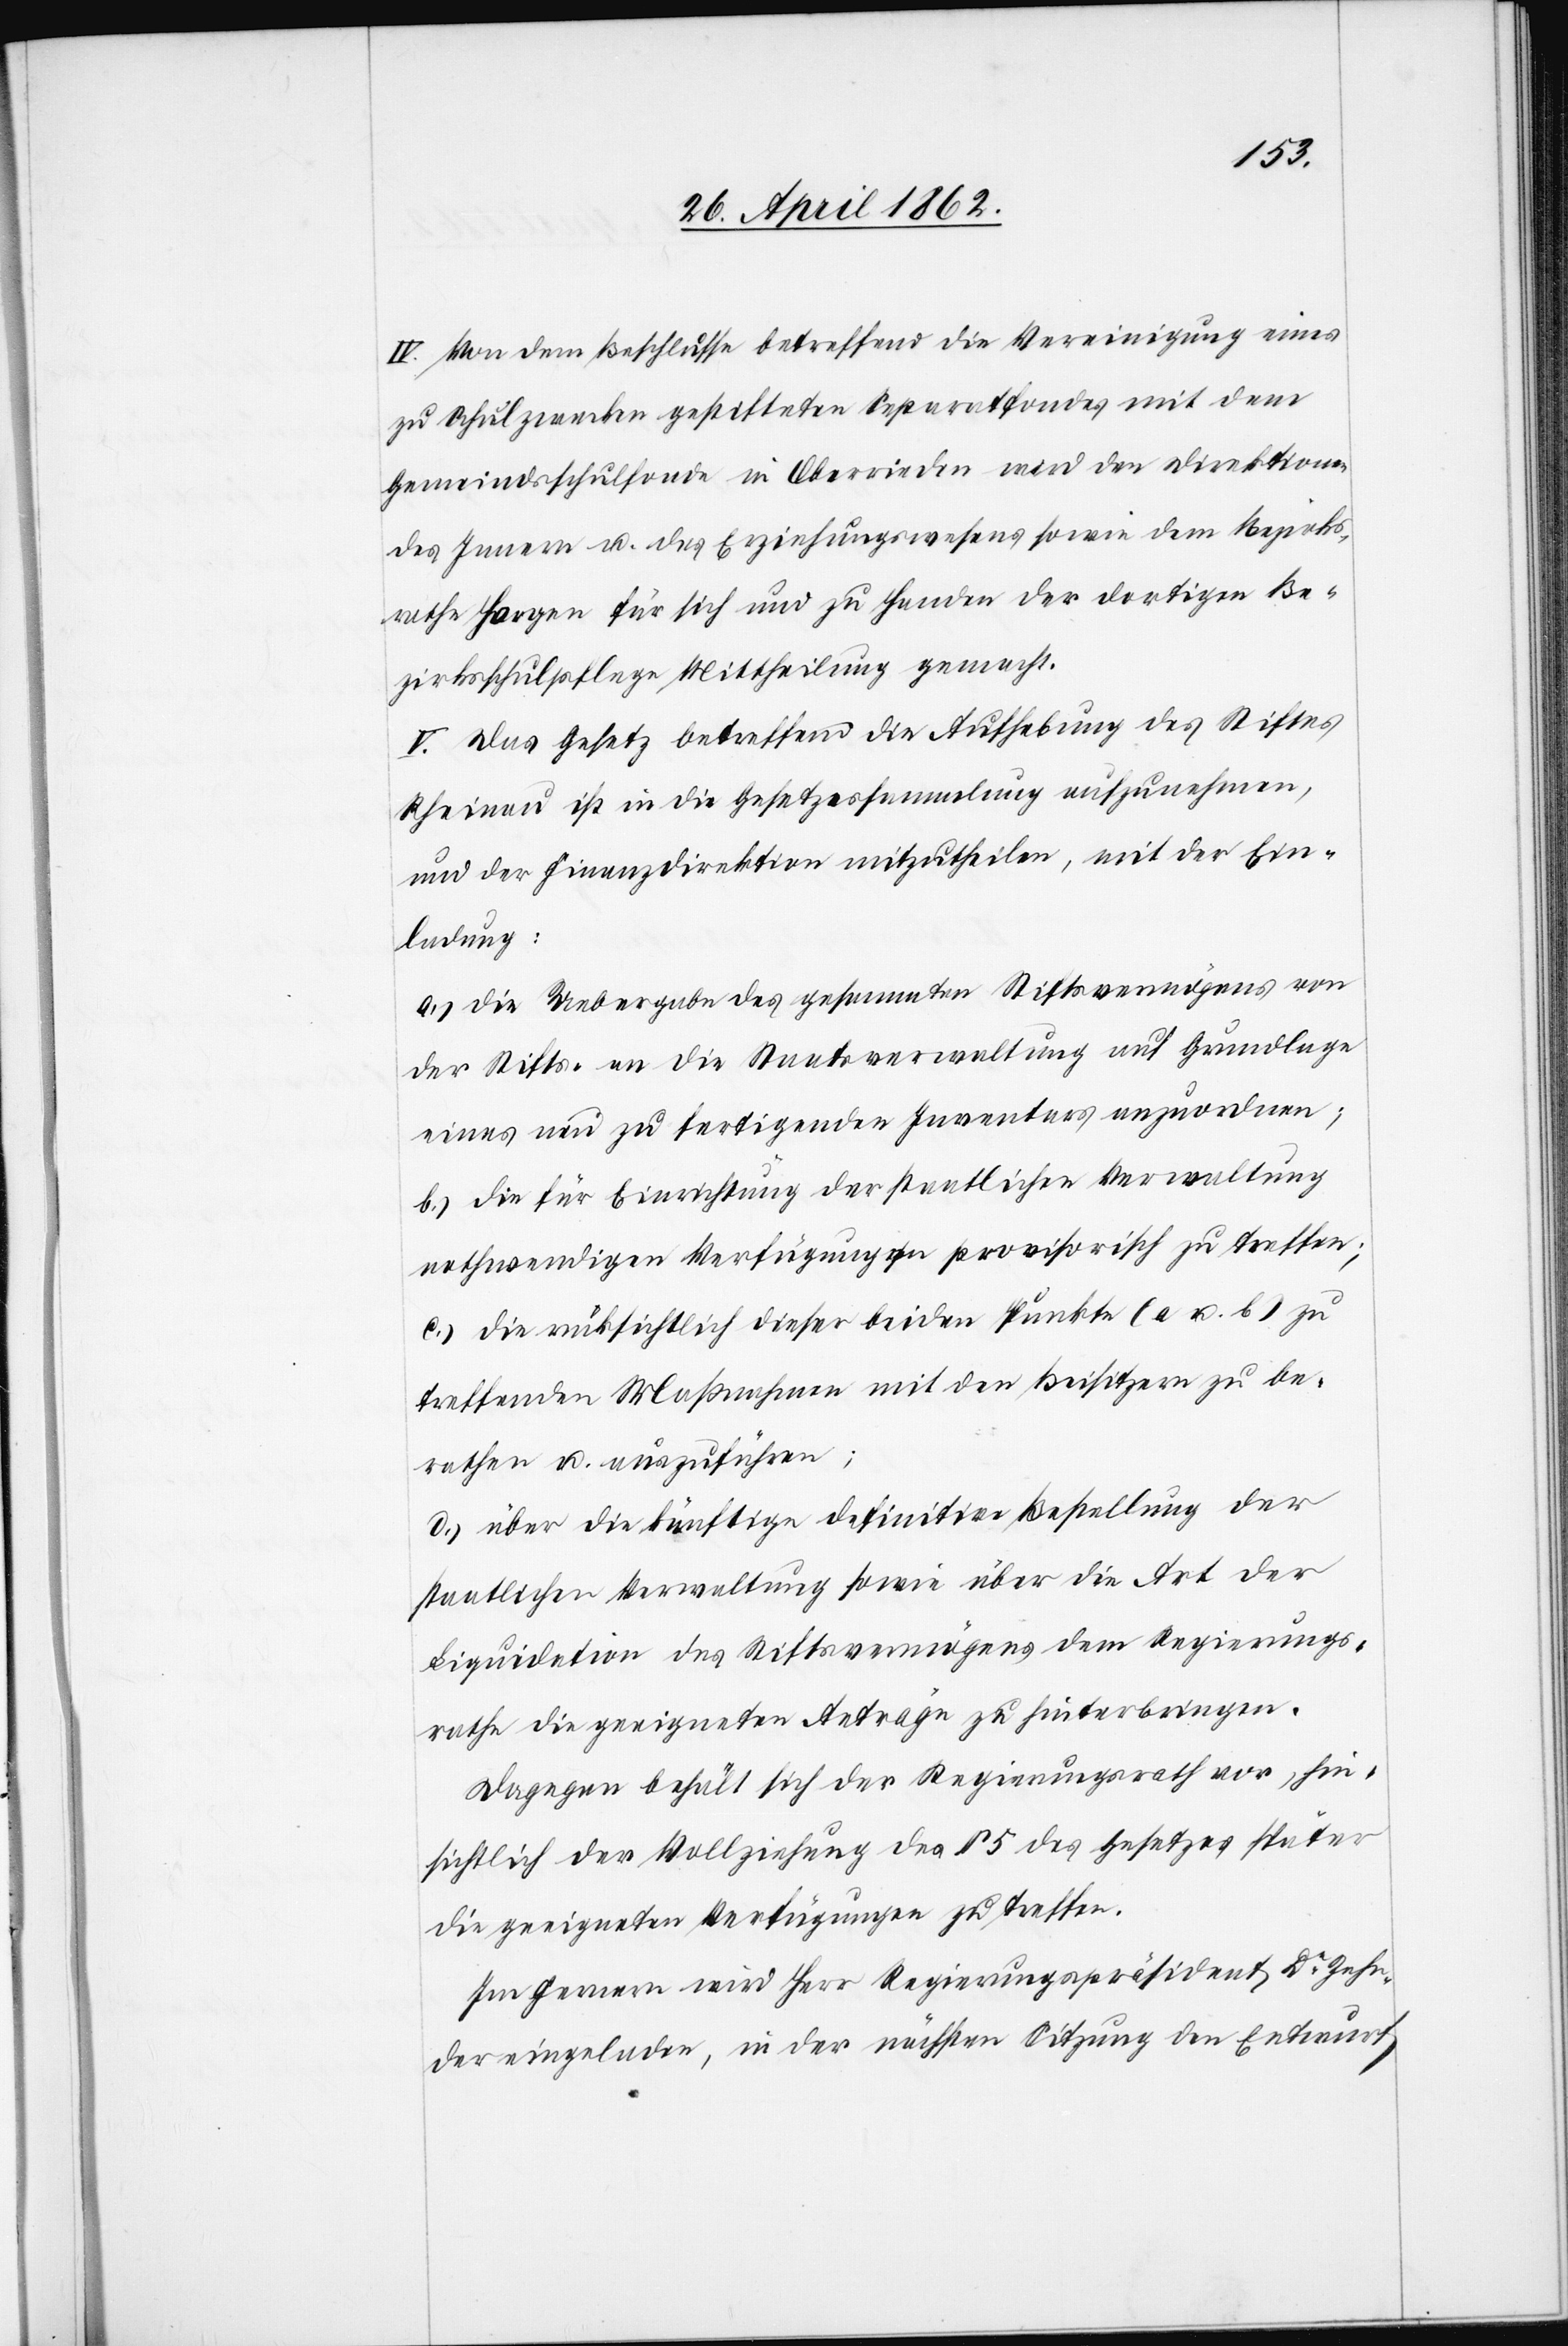
IV. Von dem Beschlusse betreffend die Vereinigung eines
zu Schulzwecken gestifteten Separatfondes mit dem
Gemeindsschulfonde in Oberrieden wird den Direktionen
des Innern u. des Erziehungswesens sowie dem Bezirks¬
rathe Horgen für sich und zu Handen der dortigen Be¬
zirksschulpflege Mittheilung gemacht.
V. Das Gesetz betreffend die Aufhebung des Stiftes
Rheinau ist in die Gesetzessammlung aufzunehmen,
und der Finanzdirektion mitzutheilen, mit der Ein¬
ladung:
a.) die Uebergabe des gesammten Stiftsvermögens von
der Stifts- an die Staatsverwaltung auf Grundlage
eines neu zu fertigenden Inventars anzuordnen;
b.) die für Einrichtung der staatlichen Verwaltung
nothwendigen Verfügung[?en] provisorisch zu treffen;
c.) die rücksichtlich dieser beiden Punkte (a u. b) zu
treffenden Maßnahmen mit den Beisitzern zu be¬
rathen u. auszuführen;
d.) über die künftige definitive Bestellung der
staatlichen Verwaltung sowie über die Art der
Liquidation des Stiftsvermögens dem Regierungs¬
rathe die geeigneten Anträge zu hinterbringen.
Dagegen behält sich der Regierungsrath vor, hin¬
sichtlich der Vollziehung des § 5 des Gesetzes später
die geeigneten Verfügungen zu treffen.
Im Fernern wird Herr Regierungspräsident Dr. Zehn¬
der eingeladen, in der nächsten Sitzung den Entwurf